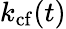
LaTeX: k_{\mathrm{cf}}(t)